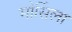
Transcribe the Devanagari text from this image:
मोर्सिला